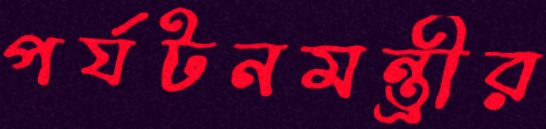
পর্যটনমন্ত্রীর